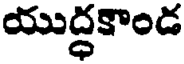
యుద్ధకాండ